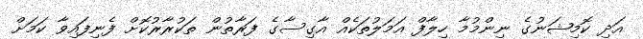
އަދި ކޮމިޝަނުގެ ނިންމުމާ ހިލާފް އަމަލުތަކެއް އާގިސާގެ ފަރާތުން ތަކުރާރުކޮށް ފެނިފައިވާ ކަމަށް